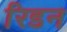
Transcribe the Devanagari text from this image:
रिडन